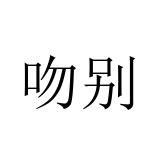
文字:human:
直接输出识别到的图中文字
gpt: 吻别